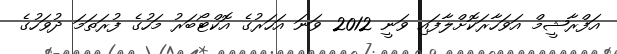
އަފްރާޝީމް އަވަހާރަކޮށްލާފައި ވަނީ 2012 ވަނަ އަހަރުގެ އޮކްޓޯބަރު މަހުގެ ފުރަތަމަ ދުވަހުގެ